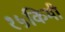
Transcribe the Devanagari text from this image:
१५किमी